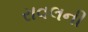
રાવલની